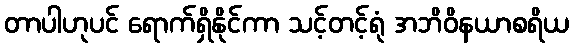
တာပါဟုပင် ရောက်ရှိနိုင်ကာ သင့်တင့်ရုံ အဘိဝိနယာစရိယ